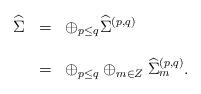
LaTeX: \begin{align*}\begin{array}{lcl}{\widehat \Sigma}&=&\oplus_{p\leq q}{\widehat \Sigma}^{(p,q)} \\\\&=& \oplus_{p\leq q}\oplus_{m\in Z}{\widehat \Sigma}_{m}^{(p,q)}.\end{array}\end{align*}